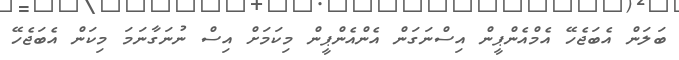
ބަލަން އެބަޖެހޭ އެމްއެންޕީން އިސްނަގަން އެންއެންޕީން މިކަމަށް އިސް ނުނަގާނަމަ މިކަން އެބަޖެހޭ